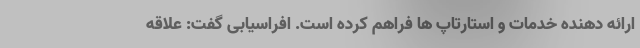
ارائه دهنده خدمات و استارتاپ ها فراهم کرده است. افراسیابی گفت: علاقه